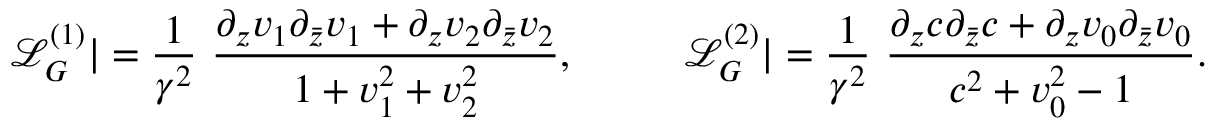
{ \mathcal L } _ { G } ^ { ( 1 ) } | = \frac { 1 } { \gamma ^ { 2 } } \, \, \frac { \partial _ { z } v _ { 1 } \partial _ { \bar { z } } v _ { 1 } + \partial _ { z } v _ { 2 } \partial _ { \bar { z } } v _ { 2 } } { 1 + v _ { 1 } ^ { 2 } + v _ { 2 } ^ { 2 } } , ~ ~ ~ ~ ~ ~ ~ ~ { \mathcal L } _ { G } ^ { ( 2 ) } | = \frac { 1 } { \gamma ^ { 2 } } \, \, \frac { \partial _ { z } c \partial _ { \bar { z } } c + \partial _ { z } v _ { 0 } \partial _ { \bar { z } } v _ { 0 } } { c ^ { 2 } + v _ { 0 } ^ { 2 } - 1 } .